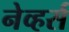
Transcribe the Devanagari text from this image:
नेव्हर्स